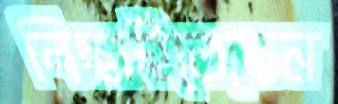
বিছাইতেছেন